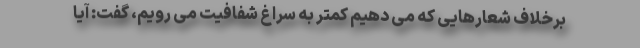
برخلاف شعارهایی که می دهیم کمتر به سراغ شفافیت می رویم، گفت: آیا